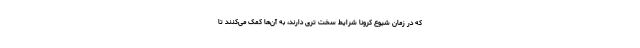
که در زمان شیوع کرونا شرایط سخت تری دارند، به آن‌ها کمک می‌کنند تا